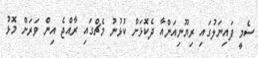
ސެމީ ފައިނަލުގައި ރިޔޫނިއަންއާ ދެކޮޅަށް ކުޅުނު މެޗްގައި ރާއްޖެ އިން ވަރަށް މޮޅު